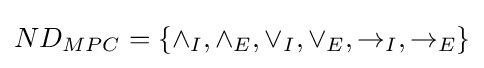
ND_{MPC}=\{\land _{I},\land _{E},\lor _{I},\lor _{E},\to _{I},\to _{E}\}